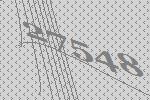
27548